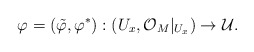
\begin{align*}\varphi=(\tilde\varphi, \varphi^*): (U_x, \mathcal{O}_M|_{U_x}) \rightarrow \mathcal{U}.\end{align*}